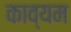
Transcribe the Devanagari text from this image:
काव्यम